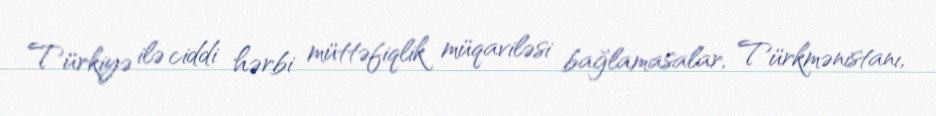
Türkiyə ilə ciddi hərbi müttəfiqlik müqaviləsi bağlamasalar, Türkmənistanı,